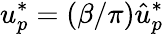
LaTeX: u_{p}^{*}=(\beta/\pi)\hat{u}_{p}^{*}